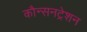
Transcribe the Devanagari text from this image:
कौन्सनट्रेशन